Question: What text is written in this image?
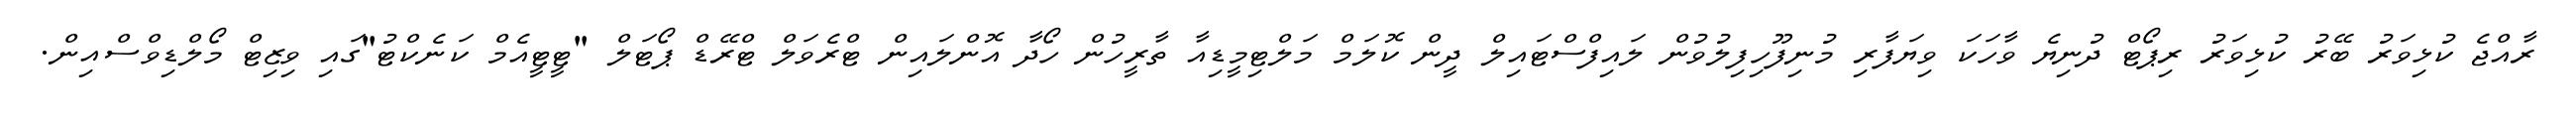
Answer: ރާއްޖެ ކުޅިވަރު ބޭރު ކުޅިވަރު ރިޕޯޓް ދުނިޔެ ވާހަކަ ވިޔަފާރި މުނިފޫހިފިލުވުން ލައިފްސްޓައިލް ދީން ކޮލަމް މަލްޓިމީޑިއާ ތާރީހުން ހޯދާ އޮންލައިން ޓްރެވަލް ޓްރޭޑް ޕޯޓަލް "ޓީޓީއެމް ކަނެކްޓު"ގައި ވިޒިޓް މޯލްޑިވްސްއިން.